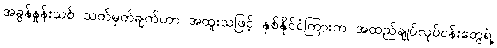
အခွန်နှုန်းသစ် သတ်မှတ်ချက်ဟာ အထူးသဖြင့် နှစ်နိုင်ငံကြားက အထည်ချုပ်လုပ်ငန်းတွေရဲ့